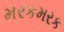
મરકમરક